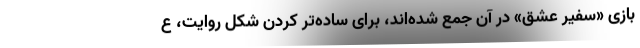
بازی «سفیر عشق» در آن جمع شده‌اند، برای ساده‌تر کردن شکل روایت، ع